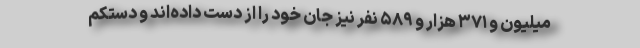
میلیون و ۳۷۱ هزار و ۵۸۹ نفر نیز جان خود را از دست داده‌اند و دستکم